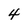
Character: 4